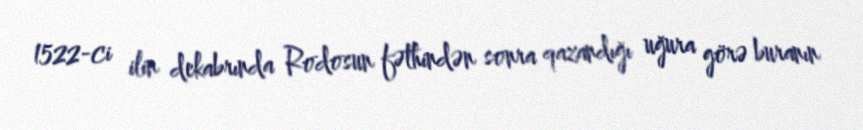
1522-ci ilin dekabrında Rodosun fəthindən sonra qazandığı uğura görə buranın